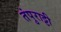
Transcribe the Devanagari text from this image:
तंपुराट्टी